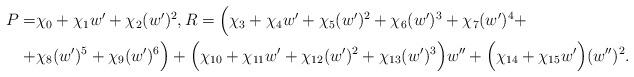
LaTeX: \begin{align*}\begin{aligned}P=&\chi_{0}+ \chi_{1}w' + \chi_{2} (w')^2,R= \Bigl(\chi_3+\chi_4w'+\chi_5(w')^2+\chi_6(w')^3+\chi_7(w')^4+\\+&\chi_8(w')^5+\chi_9(w')^6\Bigr)+ \Bigl(\chi_{10}+\chi_{11}w'+\chi_{12}(w')^2+\chi_{13}(w')^3\Bigr)w''+\Bigl(\chi_{14}+\chi_{15}w'\Bigr)(w'')^2.\end{aligned}\end{align*}